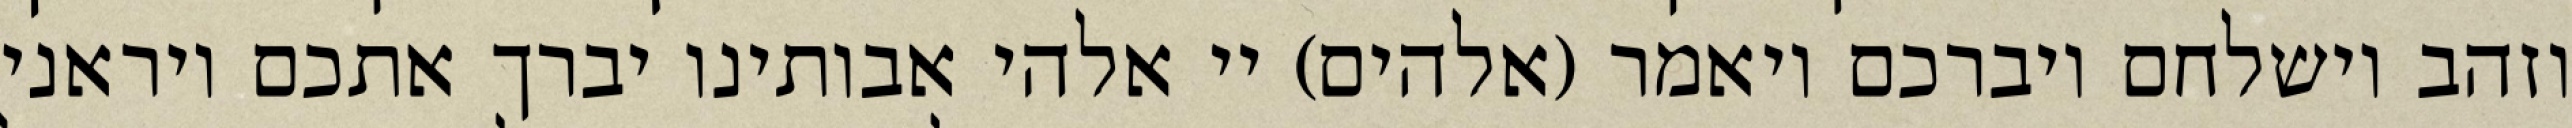
וזהב וישלחם ויברכם ויאמר (אלהים) יי אלהי אבותינו יברך אתכם ויראני